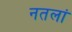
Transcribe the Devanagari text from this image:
नतलां